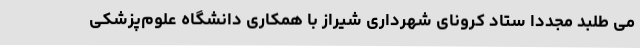
می طلبد مجددا ستاد کرونای شهرداری شیراز با همکاری دانشگاه علوم‌پزشکی